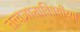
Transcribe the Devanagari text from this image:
तत्त्वज्ञानाविषयीच्या